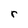
Character: r